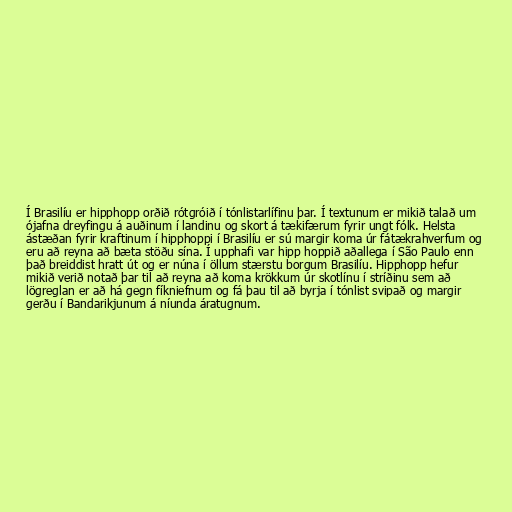
Í Brasilíu er hipphopp orðið rótgróið í tónlistarlífinu þar. Í textunum er mikið talað um
ójafna dreyfingu á auðinum í landinu og skort á tækifærum fyrir ungt fólk. Helsta
ástæðan fyrir kraftinum í hipphoppi í Brasilíu er sú margir koma úr fátækrahverfum og
eru að reyna að bæta stöðu sína. Í upphafi var hipp hoppið aðallega í São Paulo enn
það breiddist hratt út og er núna í öllum stærstu borgum Brasilíu. Hipphopp hefur
mikið verið notað þar til að reyna að koma krökkum úr skotlínu í stríðinu sem að
lögreglan er að há gegn fíkniefnum og fá þau til að byrja í tónlist svipað og margir
gerðu í Bandarikjunum á níunda áratugnum.